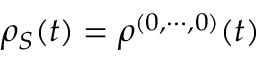
\rho _ { S } ( t ) = \rho ^ { ( 0 , \cdots , 0 ) } ( t )